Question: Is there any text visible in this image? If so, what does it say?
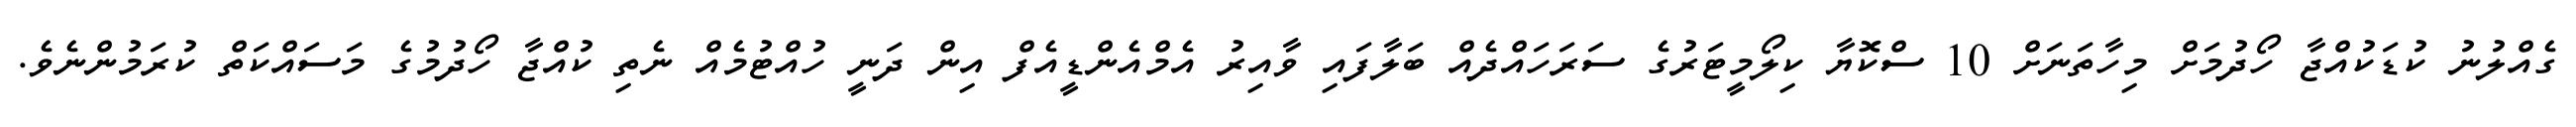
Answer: ގެއްލުނު ކުޑަކުއްޖާ ހޯދުމަށް މިހާތަނަށް 10 ސްކޮޔާ ކިލޯމީޓަރުގެ ސަރަހައްދެއް ބަލާފައި ވާއިރު އެމްއެންޑީއެފް އިން ދަނީ ހުއްޓުމެއް ނެތި ކުއްޖާ ހޯދުމުގެ މަސައްކަތް ކުރަމުންނެވެ.